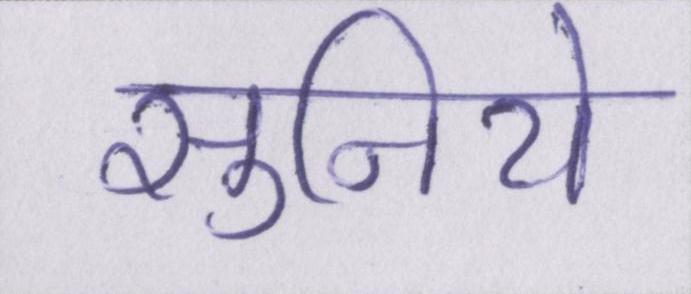
सुनिये